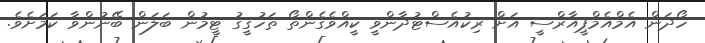
ހޯދަން އެމްއެމްޕީއާރްސީ އަށް ރިކުއެސްޓުދާންވީ ކީއްވެގެންތޯ ތަހުގީގު ޓީމުން ބަލަން ބޭނުންވާ ކަމަށެވެ.